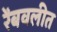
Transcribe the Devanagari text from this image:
रेंबवलीत